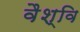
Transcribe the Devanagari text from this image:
वैश्वि